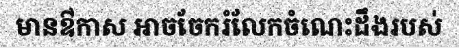
មានឳកាស អាចចែករំលែកចំណេះដឹងរបស់